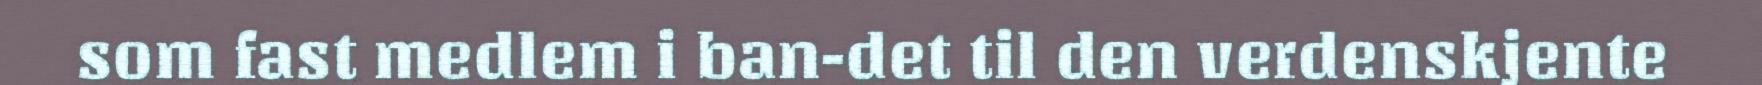
som fast medlem i ban-det til den verdenskjente